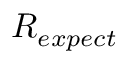
R _ { e x p e c t }